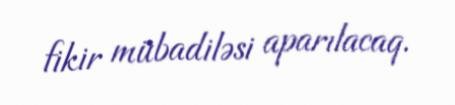
fikir mübadiləsi aparılacaq.